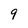
Character: 9